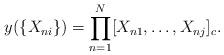
LaTeX: \begin{align*} y(\{X_{ni}\})=\prod_{n=1}^N [X_{n1},\dots,X_{nj}]_c. \end{align*}